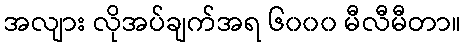
အလျား လိုအပ်ချက်အရ ၆၀၀၀ မီလီမီတာ။